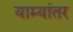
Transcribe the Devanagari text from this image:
याम्यांतर